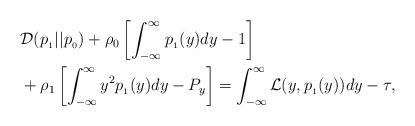
LaTeX: \begin{align*}&\mathcal{D}(p_{_1}||p_{_0}) + \rho_0 \left[\int_{-\infty}^{\infty} p_{_1}(y) dy -1\right] \\&+ \rho_1 \left[\int_{-\infty}^{\infty} y^2 p_{_1}(y) dy - P_y\right] = \int_{-\infty}^{\infty} \mathcal{L}(y, p_{_1}(y)) dy - \tau,\end{align*}